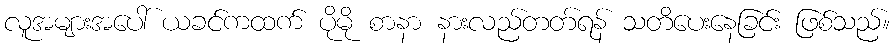
လူအများအပေါ် ယခင်ကထက် ပိုမို စာနာ နားလည်တတ်ရန် သတိပေးနေခြင်း ဖြစ်သည်။